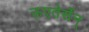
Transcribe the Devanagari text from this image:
ऊएतेर्सेन्